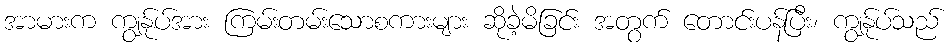
အာမားက ကျွန်ုပ်အား ကြမ်းတမ်းသောစကားများ ဆိုခဲ့မိခြင်း အတွက် တောင်းပန်ပြီး၊ ကျွန်ုပ်သည်